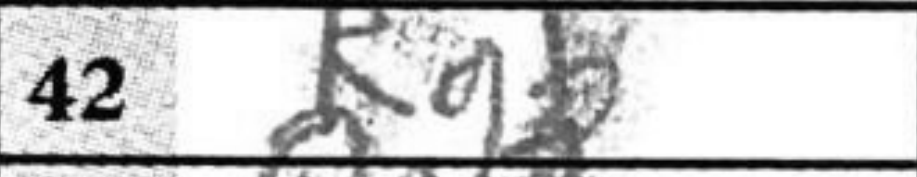
Transcription: Rg8